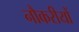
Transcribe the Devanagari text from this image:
नौकरीयों